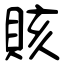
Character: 賅